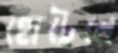
হোটেলে